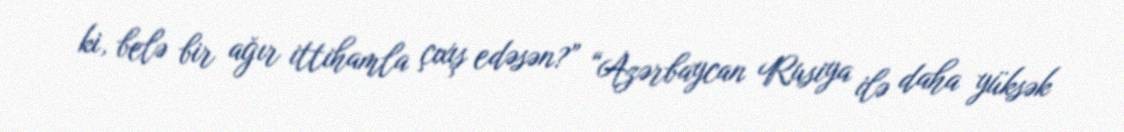
ki, belə bir ağır ittihamla çıxış edəsən?” “Azərbaycan Rusiya ilə daha yüksək